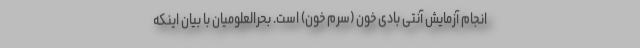
انجام آزمایش آنتی بادی خون (سرم خون) است. بحرالعلومیان با بیان اینکه